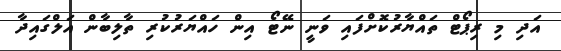
އަދި މި ރިޕޯޓް ތައްޔާރުކޮށްފައި ވަނީ ނޭޓޯ އިން ހައްޔަރުކުރި ތާލިބާން އަލްގައިދާ